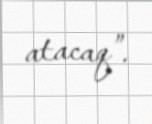
atacaq”.